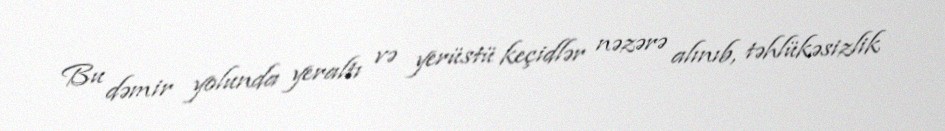
Bu dəmir yolunda yeraltı və yerüstü keçidlər nəzərə alınıb, təhlükəsizlik